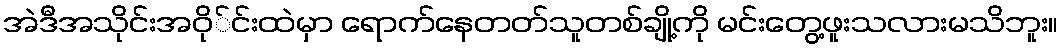
အဲဒီအသိုင်းအဝို်င်းထဲမှာ ရောက်နေတတ်သူတစ်ချို့ကို မင်းတွေ့ဖူးသလားမသိဘူး။